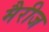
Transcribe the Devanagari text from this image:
मैरीज